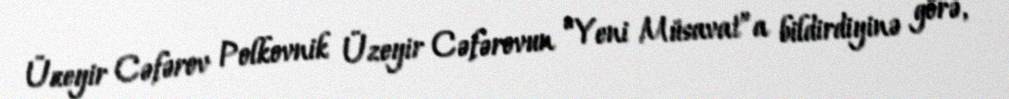
Üzeyir Cəfərov Polkovnik Üzeyir Cəfərovun “Yeni Müsavat”a bildirdiyinə görə,